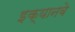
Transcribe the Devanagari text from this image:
इक्यानबे